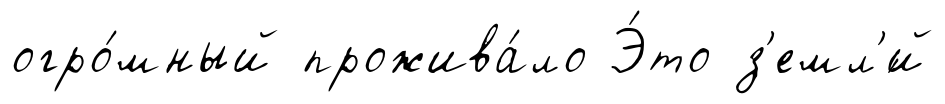
огро́мный прожива́ло Э́то з'емл'́й